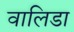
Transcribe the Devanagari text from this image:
वालिडा